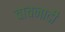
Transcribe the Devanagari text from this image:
वाचनादी